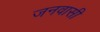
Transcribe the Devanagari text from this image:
जनवासी